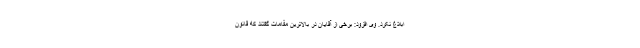
ابلاغ نکرد. وی افزود: برخی از آقایان در بالاترین مقامات گفتند که قانون